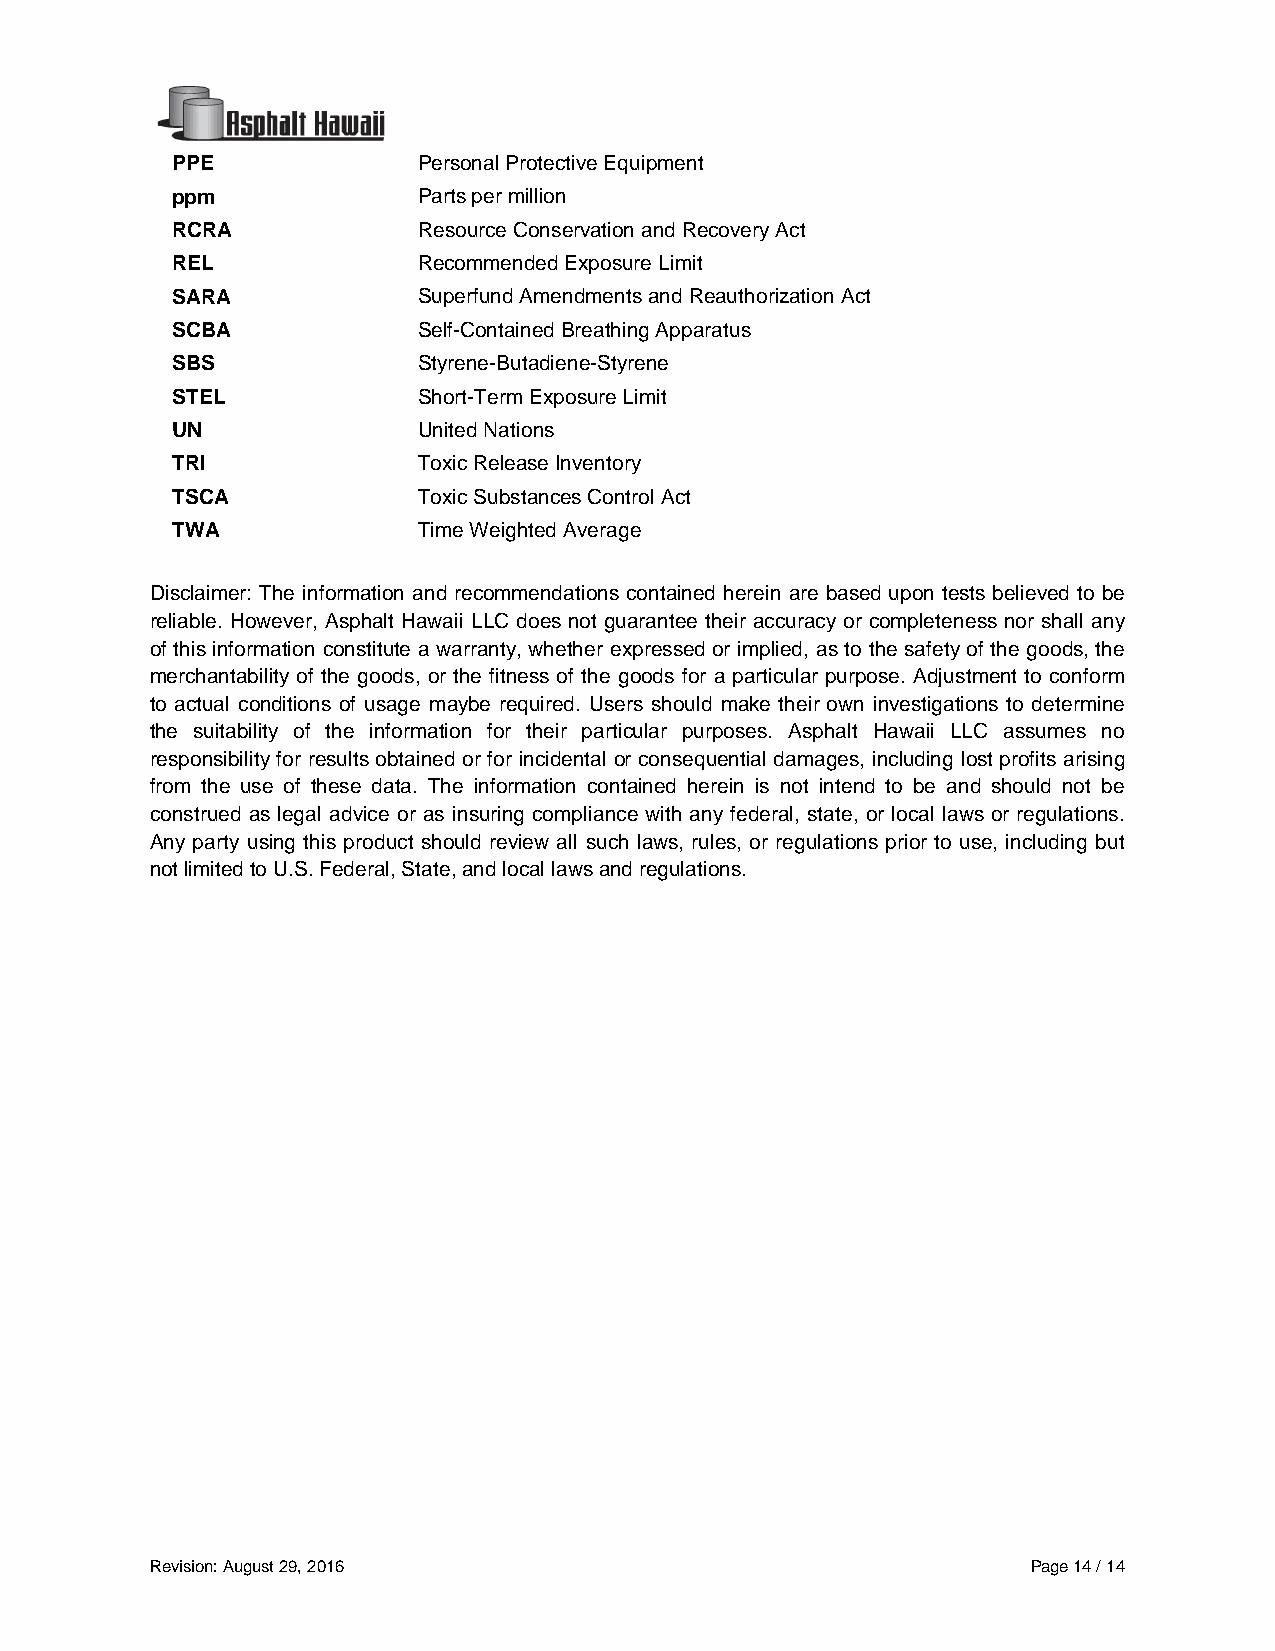
PPE              Personal Protective Equipment
 ppm              Parts per million
 RCRA             Resource Conservation and Recovery Act
 REL              Recommended Exposure Limit
 SARA             Superfund Amendments and Reauthorization Act
 SCBA             Self-Contained Breathing Apparatus
 SBS              Styrene-Butadiene-Styrene
 STEL             Short-Term Exposure Limit
 UN               United Nations
 TRI              Toxic Release Inventory
 TSCA             Toxic Substances Control Act
 TWA              Time Weighted Average
 Disclaimer: The information and recommendations contained herein are based upon tests believed to be
 reliable. However, Asphalt Hawaii LLC does not guarantee their accuracy or completeness nor shall any
 of this information constitute a warranty, whether expressed or implied, as to the safety of the goods, the
 merchantability of the goods, or the fitness of the goods for a particular purpose. Adjustment to conform
 to actual conditions of usage maybe required. Users should make their own investigations to determine
 the suitability of the information for their particular purposes. Asphalt Hawaii LLC assumes no
 responsibility for results obtained or for incidental or consequential damages, including lost profits arising
 from the use of these data. The information contained herein is not intend to be and should not be
 construed as legal advice or as insuring compliance with any federal, state, or local laws or regulations.
 Any party using this product should review all such laws, rules, or regulations prior to use, including but
 not limited to U.S. Federal, State, and local laws and regulations.
 Revision: August 29, 2016                                 Page 14 / 14